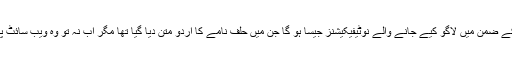
ورنہ اس کا حال بھی الیکٹورلرولز ایکٹ 1974ءکے ضمن میں لاگو کیے جانے والے نوٹیفیکیشنز جیسا ہو گا جن میں حلف نامے کا اردو متن دیا گیا تھا مگر اب نہ تو وہ ویب سائٹ پر موجود ہے نہ ہی پرنٹ شدہ متن میں نظر آتا ہے۔